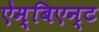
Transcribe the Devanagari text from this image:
ऐम्बिएन्ट